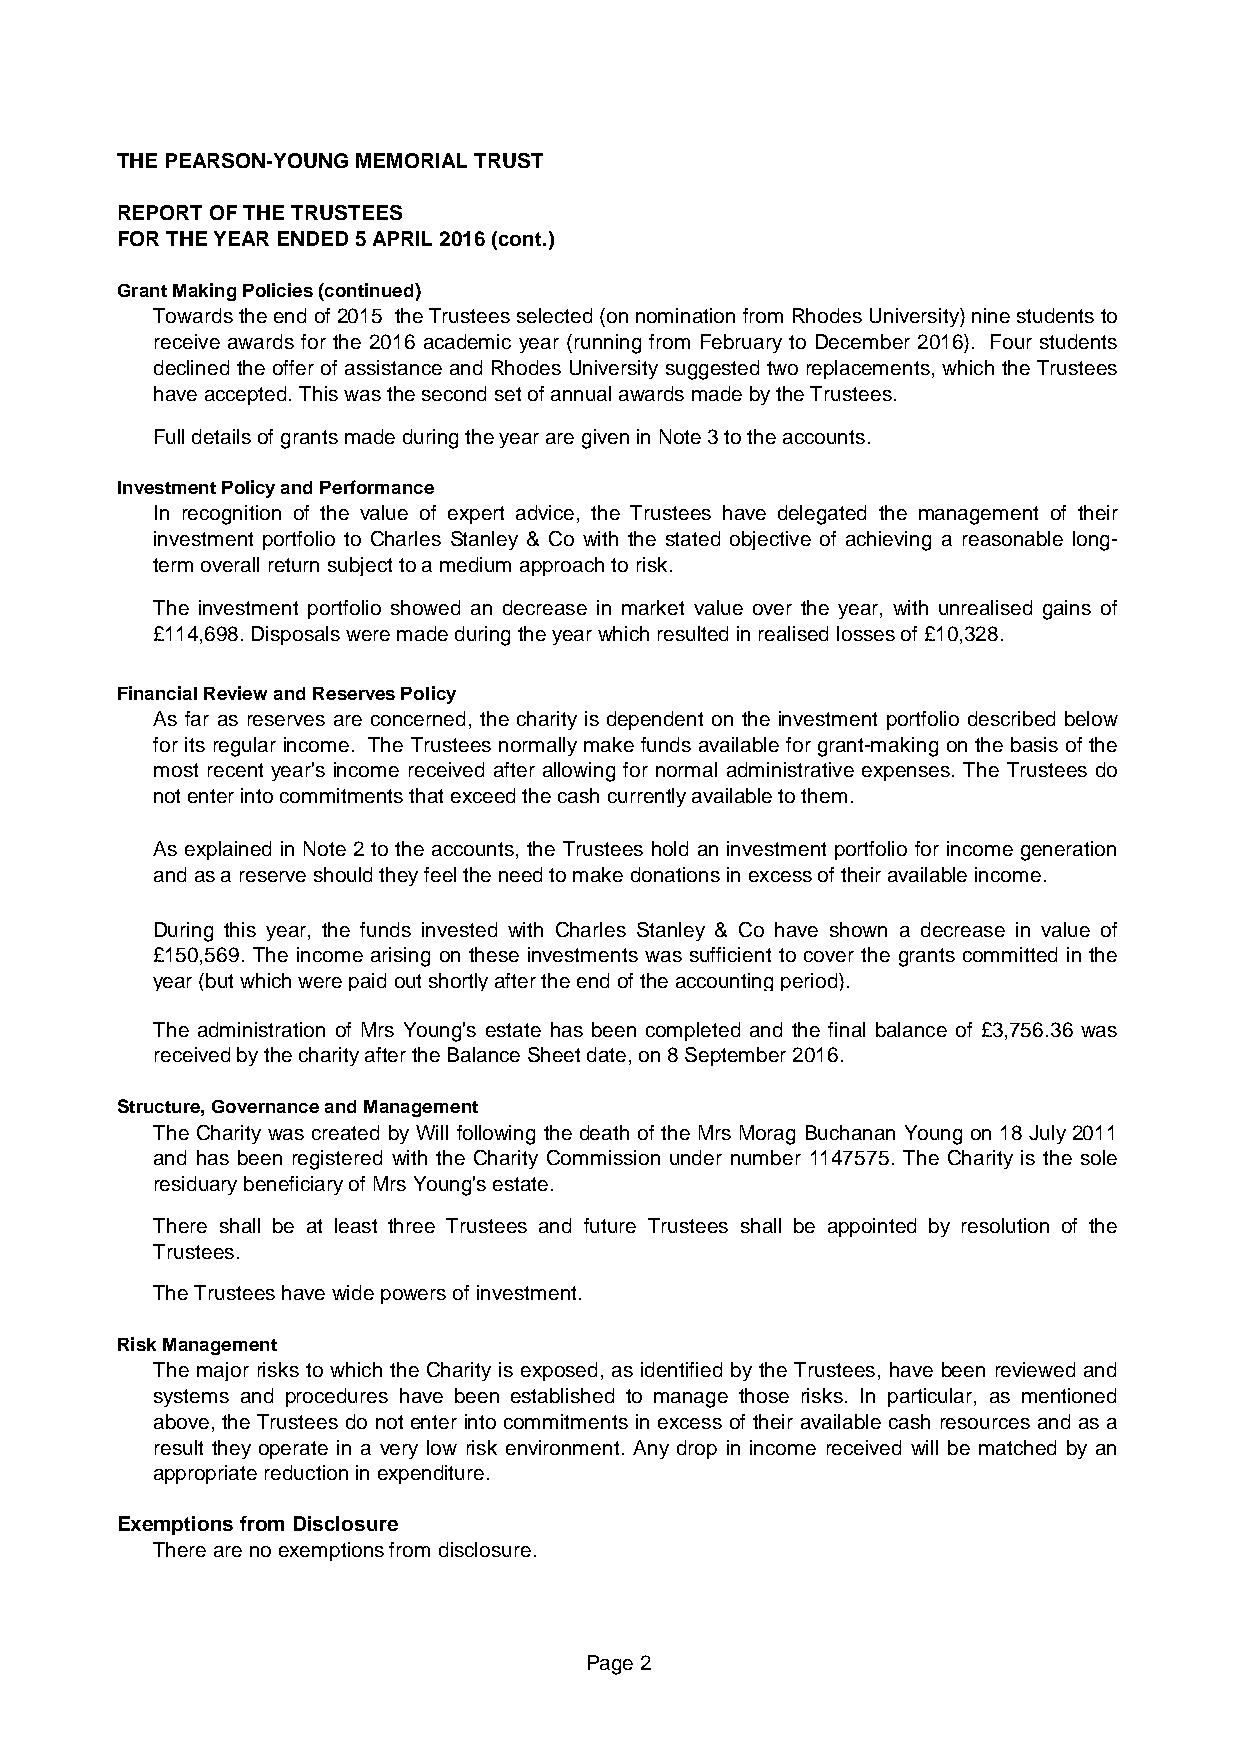
THE PEARSON-YOUNG MEMORIAL TRUST
 REPORT OF THE TRUSTEES
 FOR THE YEAR ENDED 5 APRIL 2016 (cont.)
 Grant Making Policies (continued)
 Towardstheendof2015 theTrusteesselected(onnominationfromRhodesUniversity)ninestudentsto
 receive awards for the 2016 academic year (running from February to December 2016). Four students
 declined the offer of assistance and Rhodes Universitysuggestedtwo replacements, which theTrustees
 have accepted. This was the second set of annual awards made by the Trustees.
 Full details of grants made during the year are given in Note 3 to the accounts.
 Investment Policy and Performance
 In recognition of the value of expert advice, the Trustees have delegated the management of their
 investment portfolio to Charles Stanley & Co with the stated objective of achieving a reasonable long-
 term overall return subject to a medium approach to risk.
 The investment portfolio showed an decrease in market value over the year, with unrealised gains of
 £114,698. Disposals were made during the year which resulted in realised losses of £10,328.
 Financial Review and Reserves Policy
 As far as reserves are concerned, the charity is dependent on the investment portfolio described below
 for its regular income. The Trustees normallymake funds available for grant-making on the basis of the
 most recent year's income received after allowing for normal administrative expenses. The Trustees do
 not enter into commitments that exceed the cash currently available to them.
 As explained in Note 2 to the accounts, the Trustees hold an investment portfolio for income generation
 and as a reserve should they feel the need to make donations in excess of their available income.
 During this year, the funds invested with Charles Stanley & Co have shown a decrease in value of
 £150,569. The income arising on these investments was sufficient to cover the grants committed in the
 year (but which were paid out shortly after the end of the accounting period).
 The administration of Mrs Young's estate has been completed and the final balance of £3,756.36 was
 received by the charity after the Balance Sheet date, on 8 September 2016.
 Structure, Governance and Management
 The Charitywas created byWill following the death of the Mrs Morag Buchanan Young on 18 July2011
 and has been registered with the Charity Commission under number 1147575. The Charity is the sole
 residuary beneficiary of Mrs Young's estate.
 There shall be at least three Trustees and future Trustees shall be appointed by resolution of the
 Trustees.
 The Trustees have wide powers of investment.
 Risk Management
 The major risks to which the Charity is exposed, as identified by the Trustees, have been reviewed and
 systems and procedures have been established to manage those risks. In particular, as mentioned
 above, the Trustees do not enter into commitments in excess of their available cash resources and as a
 result they operate in a very low risk environment. Any drop in income received will be matched by an
 appropriate reduction in expenditure.
 Exemptions from Disclosure
 There are no exemptions from disclosure.
 Page 2